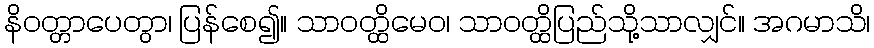
နိဝတ္တာပေတွာ၊ ပြန်စေ၍။ သာဝတ္ထိမေဝ၊ သာဝတ္ထိပြည်သို့သာလျှင်။ အဂမာသိ၊